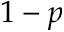
1 - p